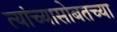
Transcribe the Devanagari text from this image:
त्यांच्यासोबतच्या